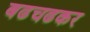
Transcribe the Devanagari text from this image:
बढचढकर